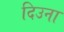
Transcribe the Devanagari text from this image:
दिउना